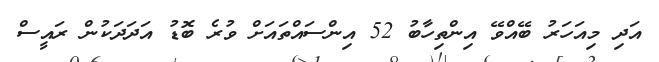
އަދި މިއަހަރު ބޭއްވޭ އިންތިހާބު 52 އިންސައްތައަށް ވުރެ ބޮޑު އަދަދަކުން ރައީސް